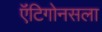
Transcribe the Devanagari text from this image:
ऍंटिगोनसला